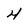
Character: 4